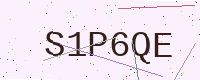
Text: S1P6QE